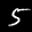
Label: 5